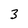
Character: 3